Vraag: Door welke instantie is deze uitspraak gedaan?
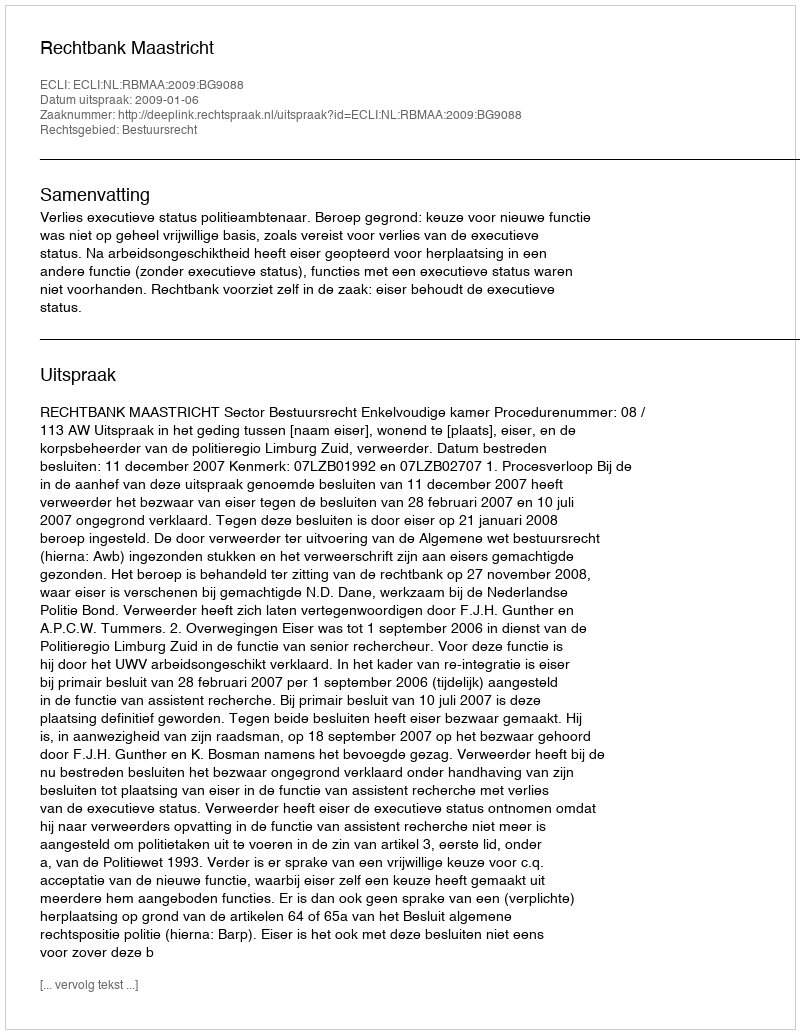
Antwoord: Rechtbank Maastricht